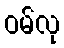
ဝမ်လု